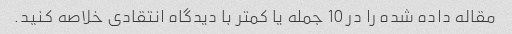
مقاله داده شده را در 10 جمله یا کمتر با دیدگاه انتقادی خلاصه کنید.